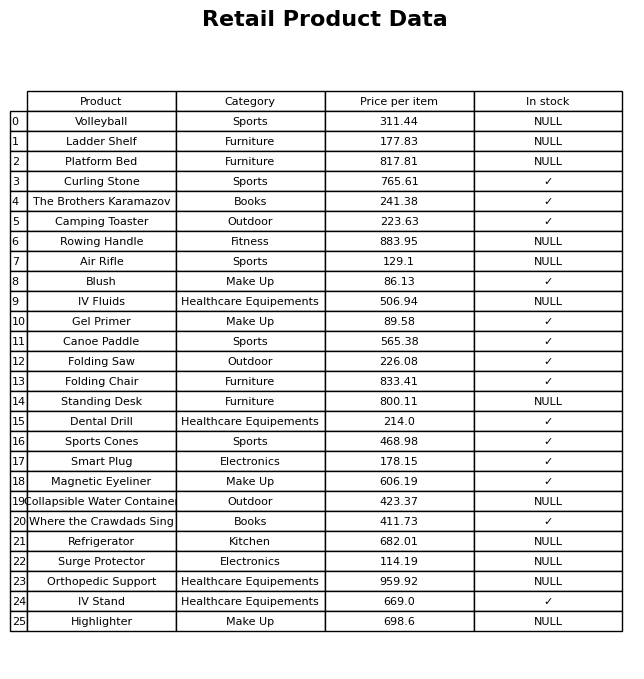
question: What is the price of the Ladder Shelf?
answer: The price of Ladder Shelf is 177.83.